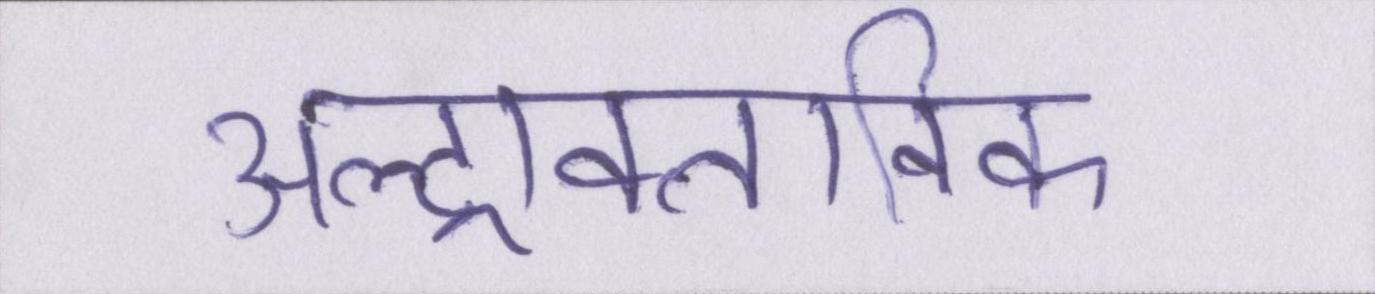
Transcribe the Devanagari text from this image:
अल्ट्राक्लाविक